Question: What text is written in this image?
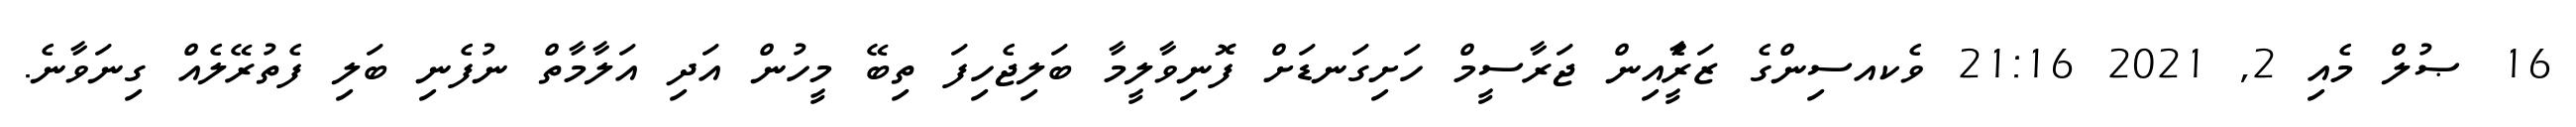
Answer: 16 ޞުލް މެއި 2, 2021 21:16 ވެކއސިންގެ ޒަރީެާއިން ޖަރާސީމް ހަށިގަނޑަށް ފޮނިވާލީމާ ބަލިޖެހިފަ ތިބޭ މީހުން އަދި އަލާމާތް ނުފެނި ބަލި ފެތުރޭލެއް ގިނަވާނެ.